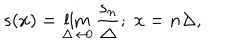
s ( x ) = \lim _ { \Delta \rightarrow 0 } \frac { s _ { n } } { \Delta } ; \; x = n \Delta ,